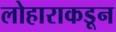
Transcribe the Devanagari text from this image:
लोहाराकडून